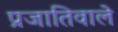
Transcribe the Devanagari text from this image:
प्रजातिवाले